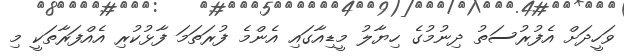
ވަހީދަށް އެފުރުސަތު ދިނުމުގެ ހިޔާލު މީޑިއާގައި އެންމެ ފުރަތަމަ ފާޅުކުރި އެއްފަރާތަކީ މި